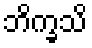
ဘိက္ခသိ